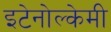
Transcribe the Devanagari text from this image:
इटेनोल्केमी